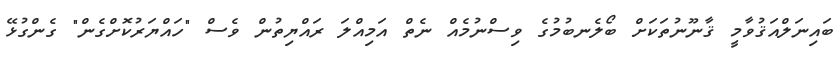
ބައިނަލްއަޤުވާމީ ޤާނޫނުތަކަށް ބޯލެނބުމުގެ ވިސްނުމެއް ނެތް އަމިއްލަ ރައްޔިތުން ވެސް "ހައްޔަރުކޮށްގެން" ގެންގުޅޭ